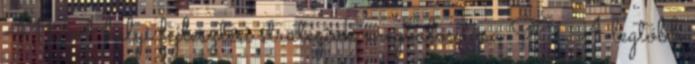
411 A helyi fejlesztési stratégiák megvalósítása 96 A legtöbb